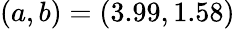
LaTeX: (a,b)=(3.99,1.58)